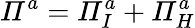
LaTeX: \mathit{\Pi}^{a}=\mathit{\Pi}_{I}^{a}+\mathit{\Pi}_{H}^{a}